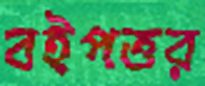
বইপত্তর